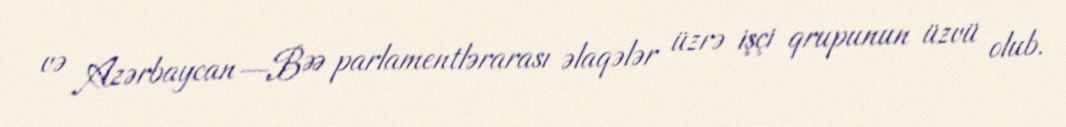
və Azərbaycan—BƏƏ parlamentlərarası əlaqələr üzrə işçi qrupunun üzvü olub.